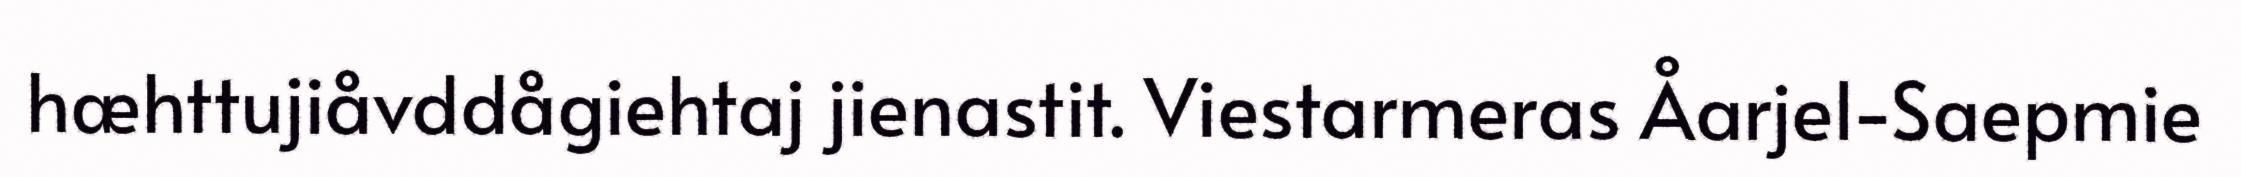
hæhttujiåvddågiehtaj jienastit. Viestarmeras Åarjel-Saepmie